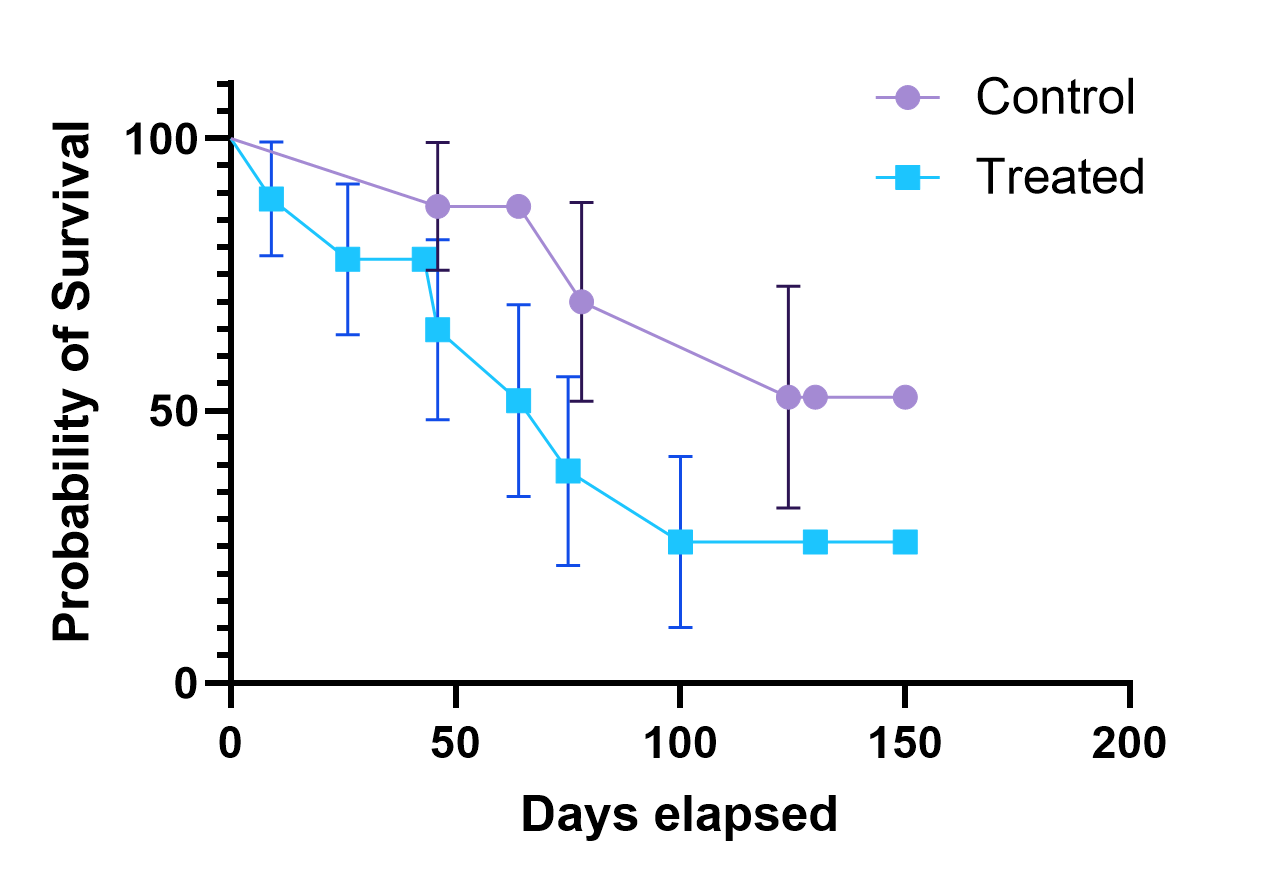
graphpad, survival, two groups, point to point, error bar